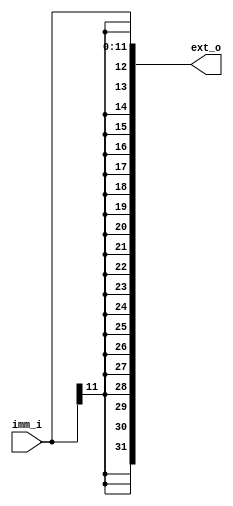
module Sign_Extend(
    input [11:0] imm_i,
    output [31:0] ext_o
);
    assign ext_o[11:0] = imm_i[11:0];
    assign ext_o[31:12] = {20{imm_i[11]}};
endmodule